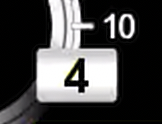
Digit: 4